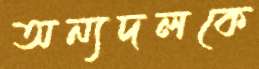
অন্যদলকে